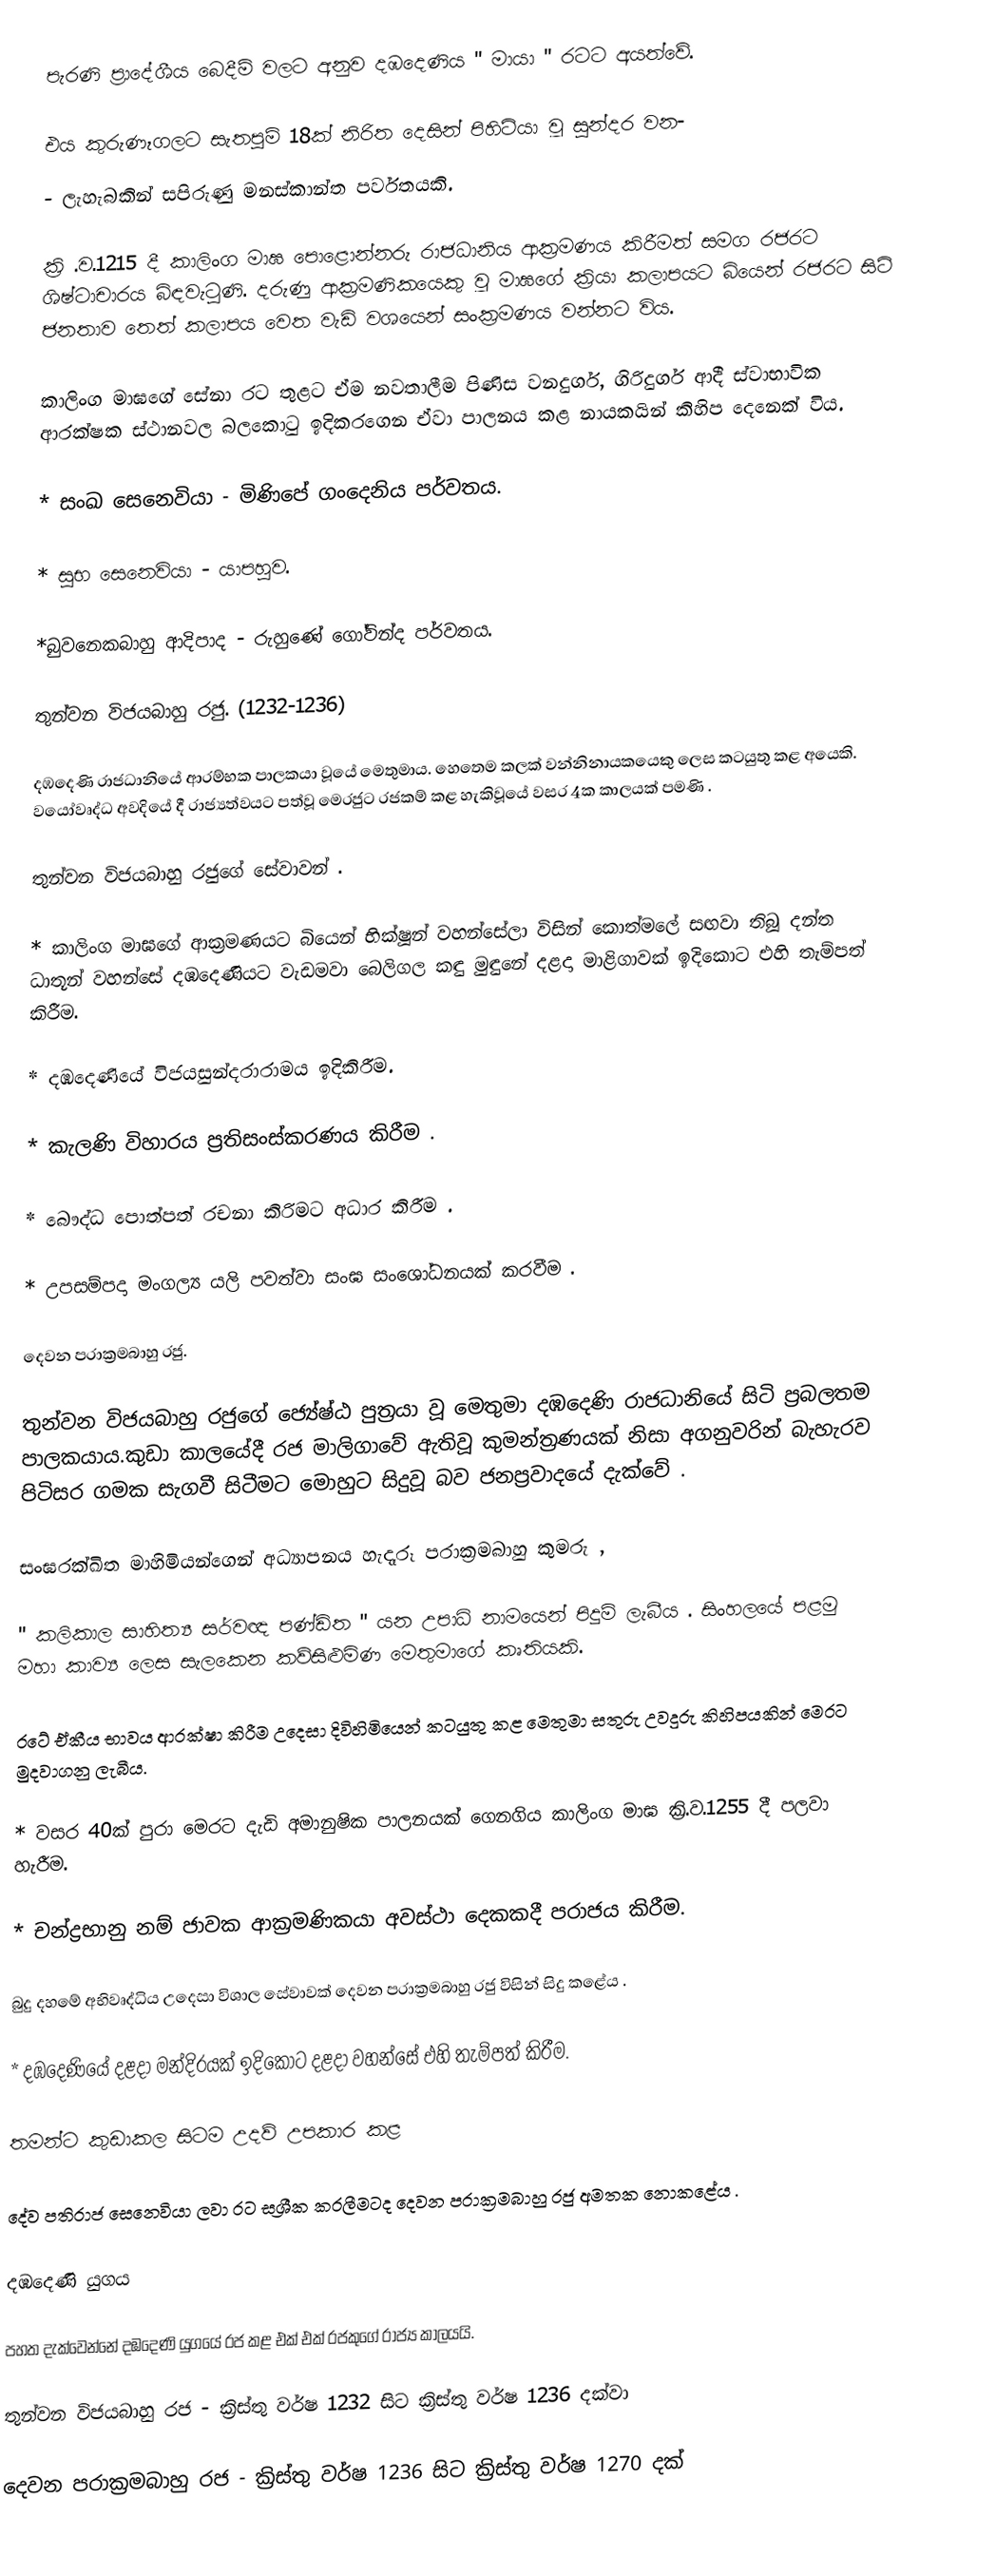
පැරණි ප්‍රාදේශීය බෙදීම් වලට අනුව දඹදෙණිය " මායා " රටට අයත්වේ.

එය කුරුණෑගලට සැතපුම් 18ක් නිරිත දෙසින් පිහිටියා වූ සුන්දර වන-
- ලැහැබකින් සපිරුණු මනස්කාන්ත පර්වතයකි.

ක්‍රි .ව.1215 දී කාලිංග මාඝ පොළොන්නරු රාජධානිය ආක්‍රමණය කිරීමත් සමග රජරට ශිෂ්ටාචාරය බිඳවැටුණි. දරුණු ආක්‍රමණිකයෙකු වූ මාඝගේ ක්‍රියා කලාපයට බියෙන් රජරට සිටි ජනතාව තෙත් කලාපය වෙත වැඩි වශයෙන් සංක්‍රමණය වන්නට විය.

කාලිංග මාඝගේ සේනා රට තුළට ඒම නවතාලීම පිණිස වනදුර්ග, ගිරිදුර්ග ආදී ස්වාභාවික ආරක්ෂක ස්ථානවල බලකොටු ඉදිකරගෙන ඒවා පාලනය කළ නායකයින් කිහිප දෙනෙක් විය.

* සංඛ සෙනෙවියා - මිණිපේ ගංදෙනිය පර්වතය.

* සුභ සෙනෙවියා - යාපහුව.

*බුවනෙකබාහු ආදිපාද - රුහුණේ ගෝවින්ද පර්වතය.

තුන්වන විජයබාහු රජු. (1232-1236)

දඹදෙණි රාජධානියේ ආරම්භක පාලකයා වූයේ මෙතුමාය. හෙතෙම කලක් වන්නිනායකයෙකු ලෙස කටයුතු කළ අයෙකි. වයෝවෘද්ධ අවදියේ දී රාජ්‍යත්වයට පත්වූ මෙරජුට රජකම් කළ හැකිවූයේ වසර 4ක කාලයක් පමණි .

තුන්වන විජයබාහු රජුගේ සේවාවන් .

* කාලිංග මාඝගේ ආක්‍රමණයට බියෙන් භික්ෂූන් වහන්සේලා විසින් කොත්මලේ සඟවා තිබූ දන්ත ධාතූන් වහන්සේ දඹදෙණියට වැඩමවා බෙලිගල කඳු මුඳුනේ දළදා මාළිගාවක් ඉදිකොට එහි තැම්පත් කිරීම.

* දඹදෙණියේ විජයසුන්දරාරාමය ඉදිකිරීම.

* කැලණි විහාරය ප්‍රතිසංස්කරණය කිරීම .

* බෞද්ධ පොත්පත් රචනා කිරිමට අධාර කිරීම .

* උපසම්පදා මංගල්‍ය යලි පවත්වා සංඝ සංශෝධනයක් කරවීම .

දෙවන පරාක්‍රමබාහු රජු.

තුන්වන විජයබාහු රජුගේ ජ්‍යේෂ්ඨ පුත්‍රයා වූ මෙතුමා දඹදෙණි රාජධානියේ සිටි ප්‍රබලතම පාලකයාය.කුඩා කාලයේදී රජ මාලිගාවේ ඇතිවූ කුමන්ත්‍රණයක් නිසා අගනුවරින් බැහැරව පිටිසර ගමක සැගවී සිටීමට මොහුට සිදුවූ බව ජනප්‍රවාදයේ දැක්වේ .

සංඝරක්ඛිත මාහිමියන්ගෙන් අධ්‍යාපනය හැදෑරූ පරාක්‍රමබාහු කුමරු ,

" කලිකාල සාහිත්‍ය සර්වඥ පණ්ඩිත " යන උපාධි නාමයෙන් පිදුම් ලැබීය . සිංහලයේ පළමු මහා කාව්‍ය ලෙස සැලකෙන කව්සිළුමිණ මෙතුමාගේ කෘතියකි.

රටේ ඒකීය භාවය ආරක්ෂා කිරීම උදෙසා දිවිහිමියෙන් කටයුතු කළ මෙතුමා සතුරු උවදුරු කිහිපයකින් මෙරට මුදවාගනු ලැබීය.

* වසර 40ක් පුරා මෙරට දැඩි අමානුෂික පාලනයක් ගෙනගිය කාලිංග මාඝ ක්‍රි.ව.1255 දී පලවා හැරීම.

* චන්ද්‍රභානු නම් ජාවක ආක්‍රමණිකයා අවස්ථා දෙකකදී පරාජය කිරීම.

බුදු දහමේ අභිවෘද්ධිය උදෙසා විශාල සේවාවක් දෙවන පරාක්‍රමබාහු රජු විසින් සිදු කළේය .

* දඹදෙණියේ දළදා මන්දිරයක් ඉදිකොට දළදා වහන්සේ එහි තැම්පත් කිරීම.

තමන්ට කුඩාකල සිටම උදව් උපකාර කළ

දේව පතිරාජ සෙනෙවියා ලවා රට සශ්‍රීක කරලීමටද දෙවන පරාක්‍රමබාහු රජු අමතක නොකළේය .

දඹදෙණි යුගය

පහත දැක්වෙන්නේ දඹදෙණි යුගයේ රජ කළ එක් එක් රජකුගේ රාජ්‍ය කාලයයි.

තුන්වන විජයබාහු රජ - ක්‍රිස්තු වර්ෂ 1232 සිට ක්‍රිස්තු වර්ෂ 1236 දක්වා

දෙවන පරාක්‍රමබාහු රජ - ක්‍රිස්තු වර්ෂ 1236 සිට ක්‍රිස්තු වර්ෂ 1270 දක්